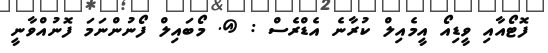
ފޮޓޯއާއި ވީޑިއޯ އީމެއިލް ކުރާނެ އެޑްރެސް : @. މޯބައިލް ފޯނުންނަމަ ފޮނުއްވާނީ